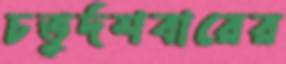
চতুর্দশবারের